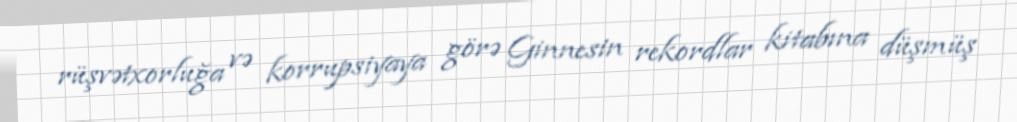
rüşvətxorluğa və korrupsiyaya görə Ginnesin rekordlar kitabına düşmüş